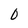
Character: 0